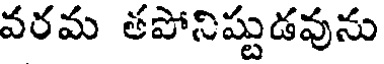
వరమ తపోనిష్టుడవును